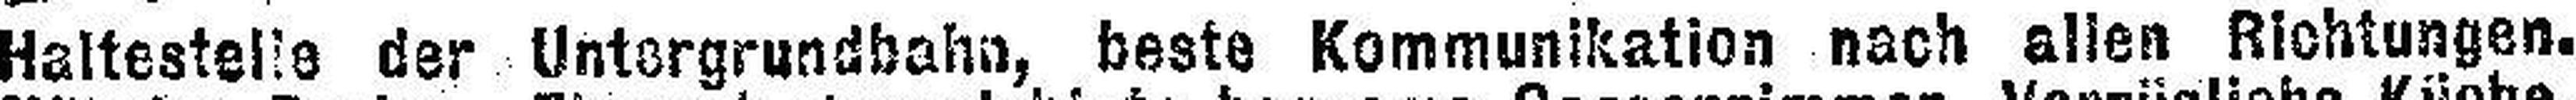
Haltestelle der Untergrundbahn, beste Kommunikation nach allen Richtungen.